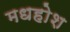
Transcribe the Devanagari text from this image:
मधहोश